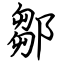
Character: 鄒